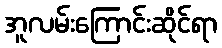
အူလမ်းကြောင်းဆိုင်ရာ